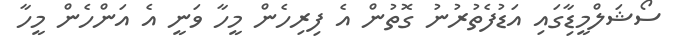
ސޯޝަލްމީޑިާގައި އަޑުފެތުރުނު ގޮތުން އެ ފިރިހެން މީހާ ވަނީ އެ އަންހެން މީހާ